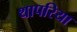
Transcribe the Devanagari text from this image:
थापरिया